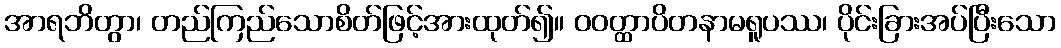
အာရဘိတွာ၊ တည်ကြည်သောစိတ်ဖြင့်အားထုတ်၍။ ဝဝတ္ထာပိတနာမရူပဿ၊ ပိုင်းခြားအပ်ပြီးသော